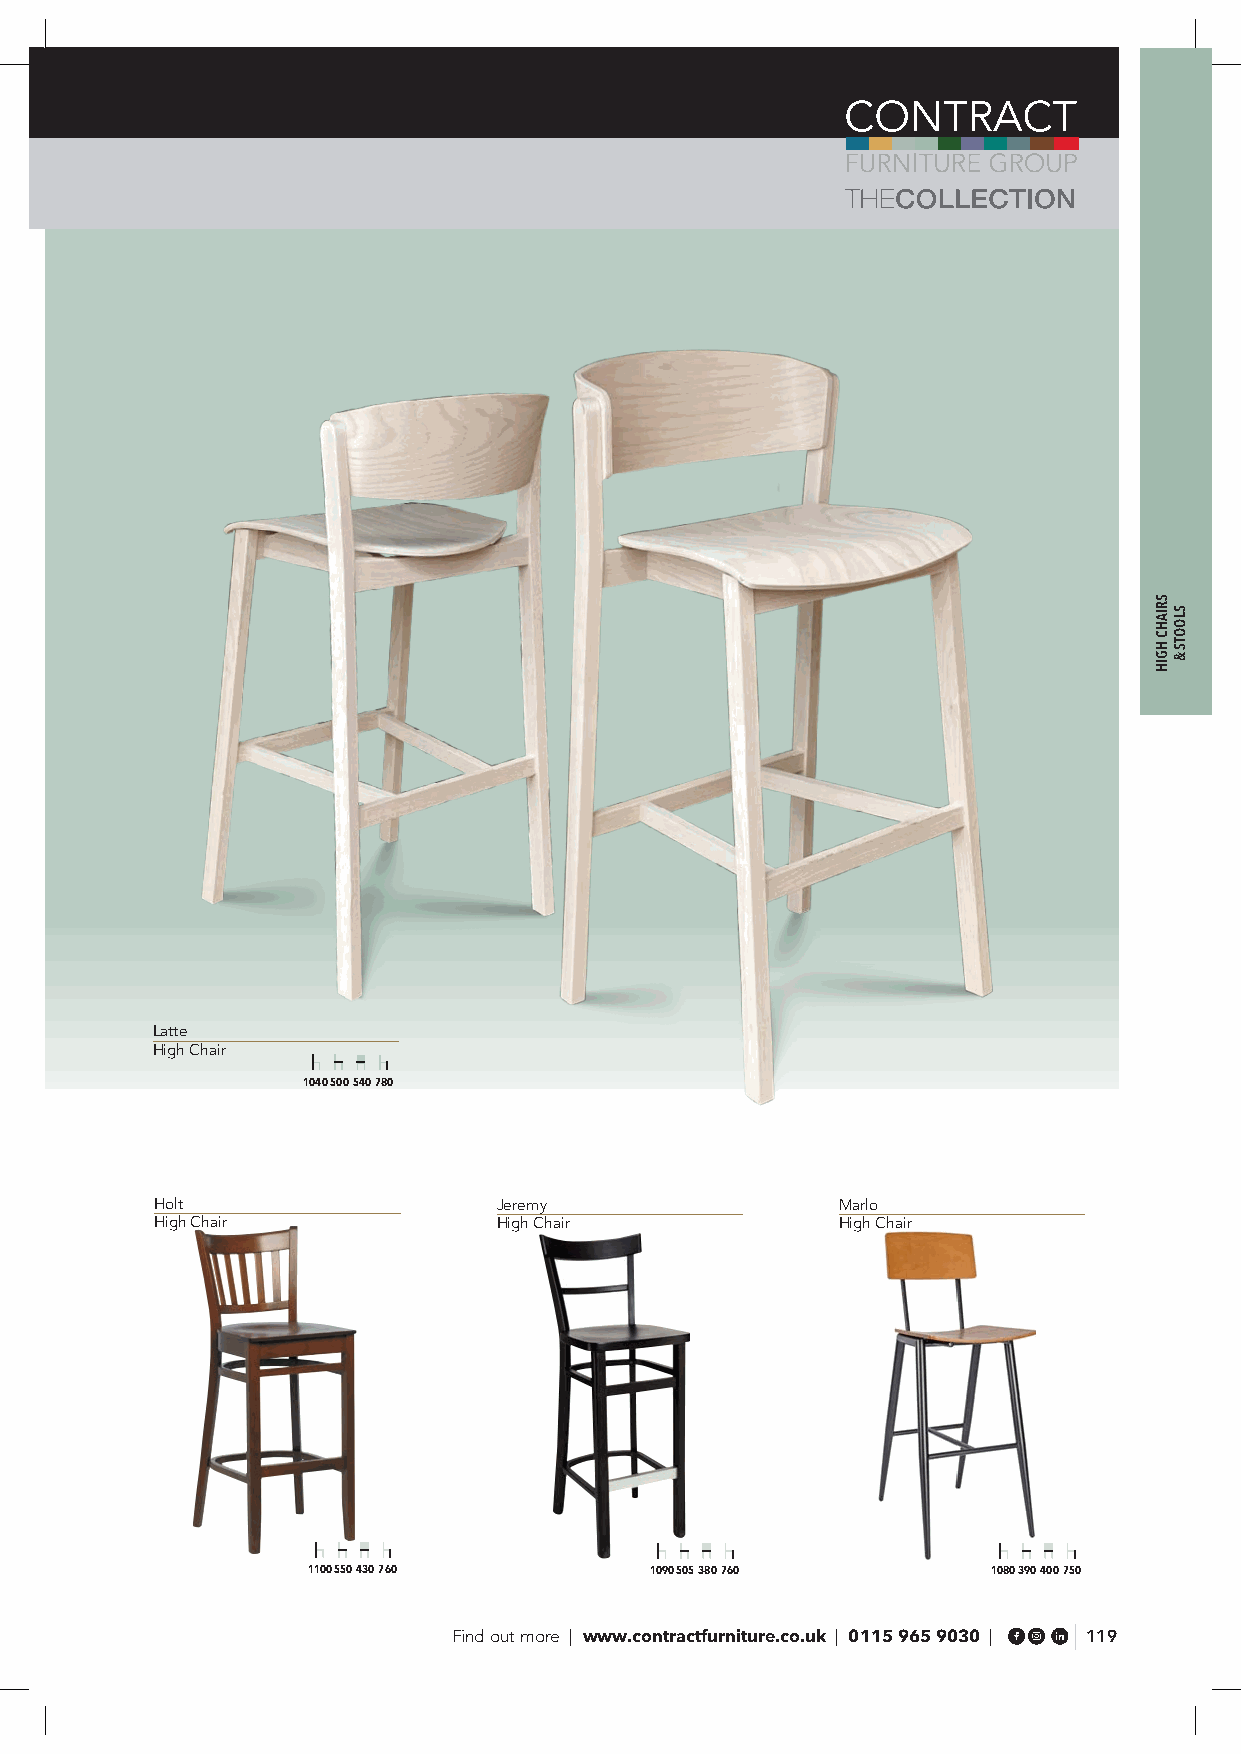
Latte
 High Chair
 1040 500 540 780
 Holt                   Jeremy                Marlo
 High Chair             High Chair            High Chair
 1100 550 430 760       1090 505 380 760       1080 390 400 750
 Find out more | www.contractfurniture.co.uk | 0115 965 9030 | 119
 SRIAHC
 HGIH
 SLOOTS
 &